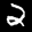
Label: 2